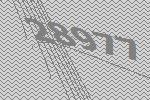
28977